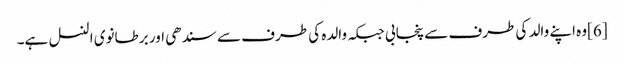
[6]وہ اپنے والد کی طرف سے پنجابی جبکہ والدہ کی طرف سے سندھی اور برطانوی النسل ہے۔